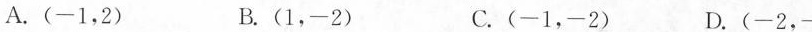
A.(-1，2) B.(1，-2) C.(-1，-2) D.(-2，-1)